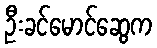
ဦးခင်မောင်ဆွေက